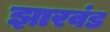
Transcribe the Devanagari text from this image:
झारवंड